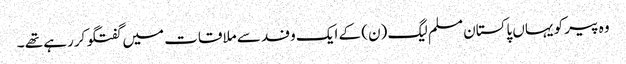
وہ پیر کو یہاں پاکستان مسلم لیگ (ن) کے ایک وفد سے ملاقات میں گفتگو کررہے تھے ۔